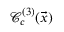
\mathcal C _ { c } ^ { ( 3 ) } ( \vec { x } )